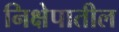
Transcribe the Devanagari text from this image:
निक्षेपातील